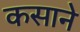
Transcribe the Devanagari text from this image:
कसाने